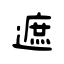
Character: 遮